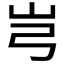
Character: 𰎉